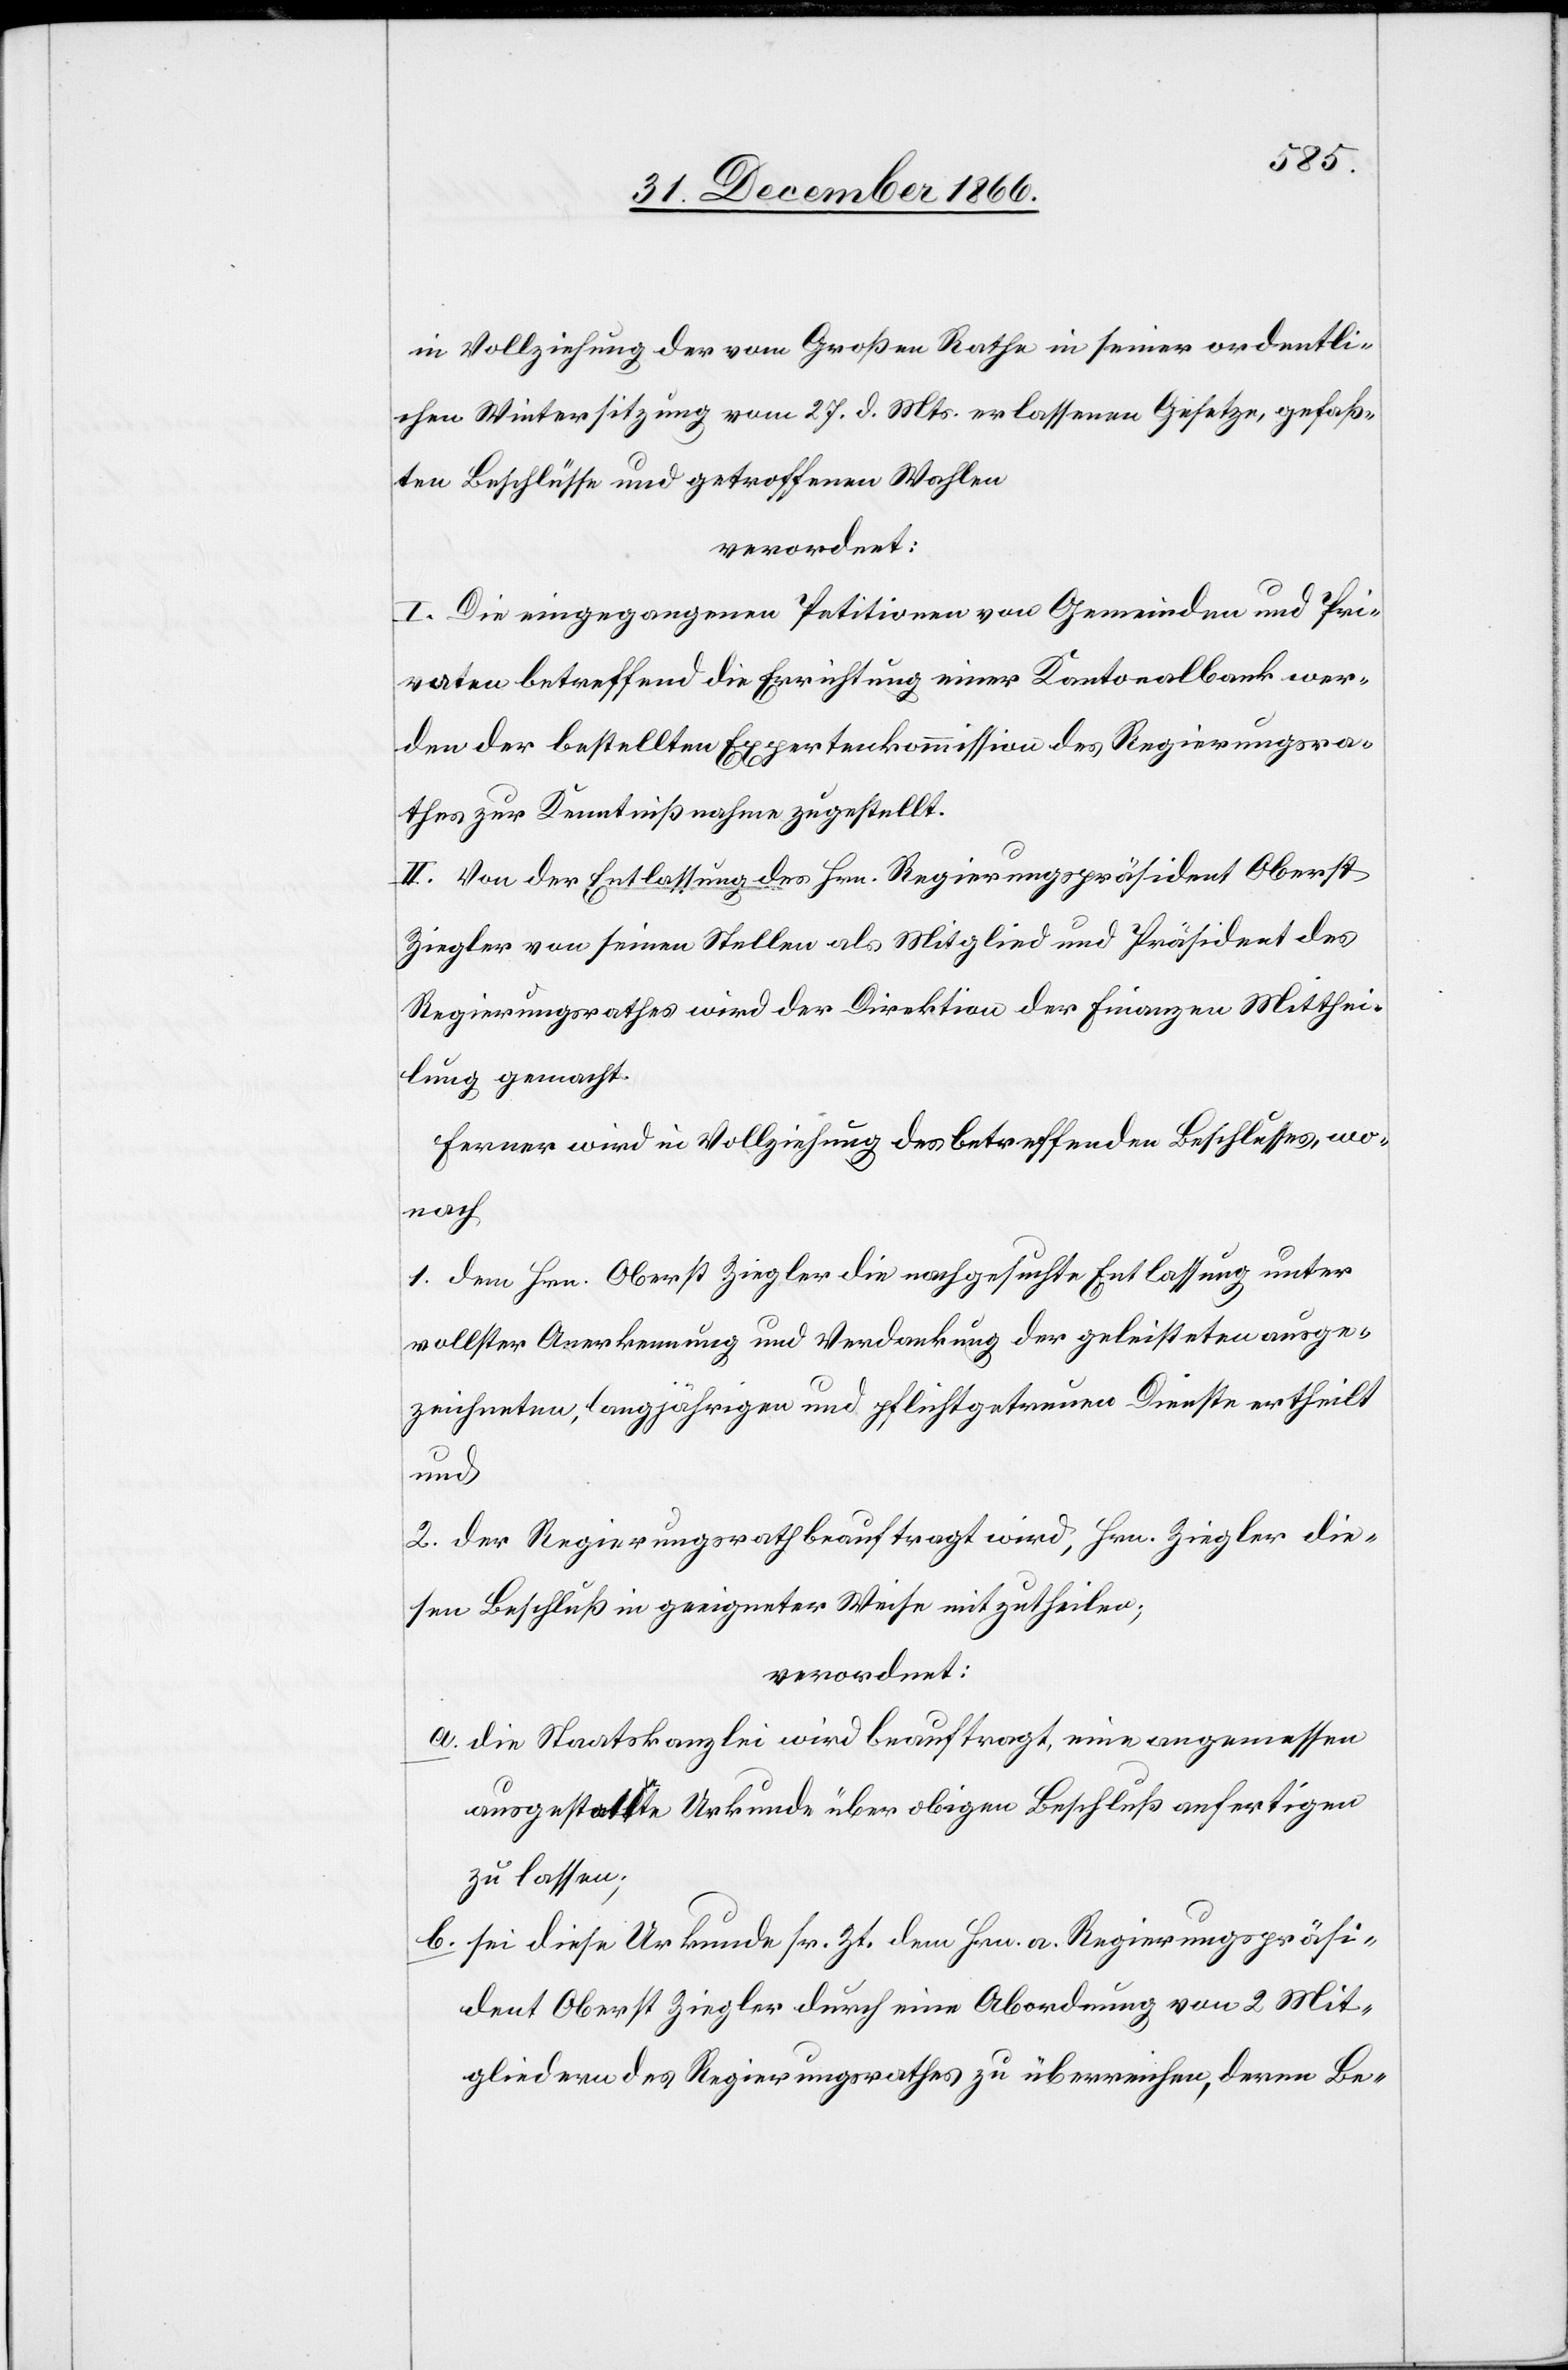
in Vollziehung der vom Großen Rathe in seiner ordentli¬
chen Wintersitzung vom 27. d. Mts. erlassenen Gesetze, gefaß¬
ten Beschlüsse und getroffenen Wahlen
verordnet:
I. Die eingegangenen Petitionen von Gemeinden und Pri¬
vaten betreffend die Errichtung einer Kantonalbank wer¬
den der bestellten Expertenkommission des Regierungsra¬
thes zur Kenntnißnahme zugestellt.
II. Von der Entlassung des Hrn. Regierungspräsident Oberst
Ziegler von seinen Stellen als Mitglied und Präsident des
Regierungsrathes wird der Direktion der Finanzen Mitthei¬
lung gemacht.
Ferner wird in Vollziehung des betreffenden Beschlusses, wo¬
nach
1. dem Hrn. Oberst Ziegler die nachgesuchte Entlassung unter
vollster Anerkennung und Verdankung der geleisteten ausge¬
zeichneten, langjährigen und pflichtgetreuen Dienste ertheilt
und
2. der Regierungsrath beauftragt wird, Hrn. Ziegler die¬
sen Beschluß in geeigneter Weise mitzutheilen;
verordnet:
a. die Staatskanzlei wird beauftragt, eine angemessen
ausgestattete Urkunde über obigen Beschluß anfertigen
zu lassen;
b. sei diese Urkunde sr. Zt. dem Hrn. a. Regierungspräsi¬
dent Oberst Ziegler durch eine Abordnung von 2 Mit¬
gliedern des Regierungsrathes zu überreichen, deren Be-